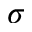
\sigma